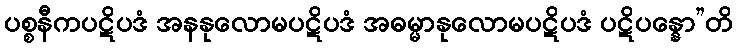
ပစ္စနီကပဋိပဒံ အနနုလောမပဋိပဒံ အဓမ္မာနုလောမပဋိပဒံ ပဋိပန္နော”တိ